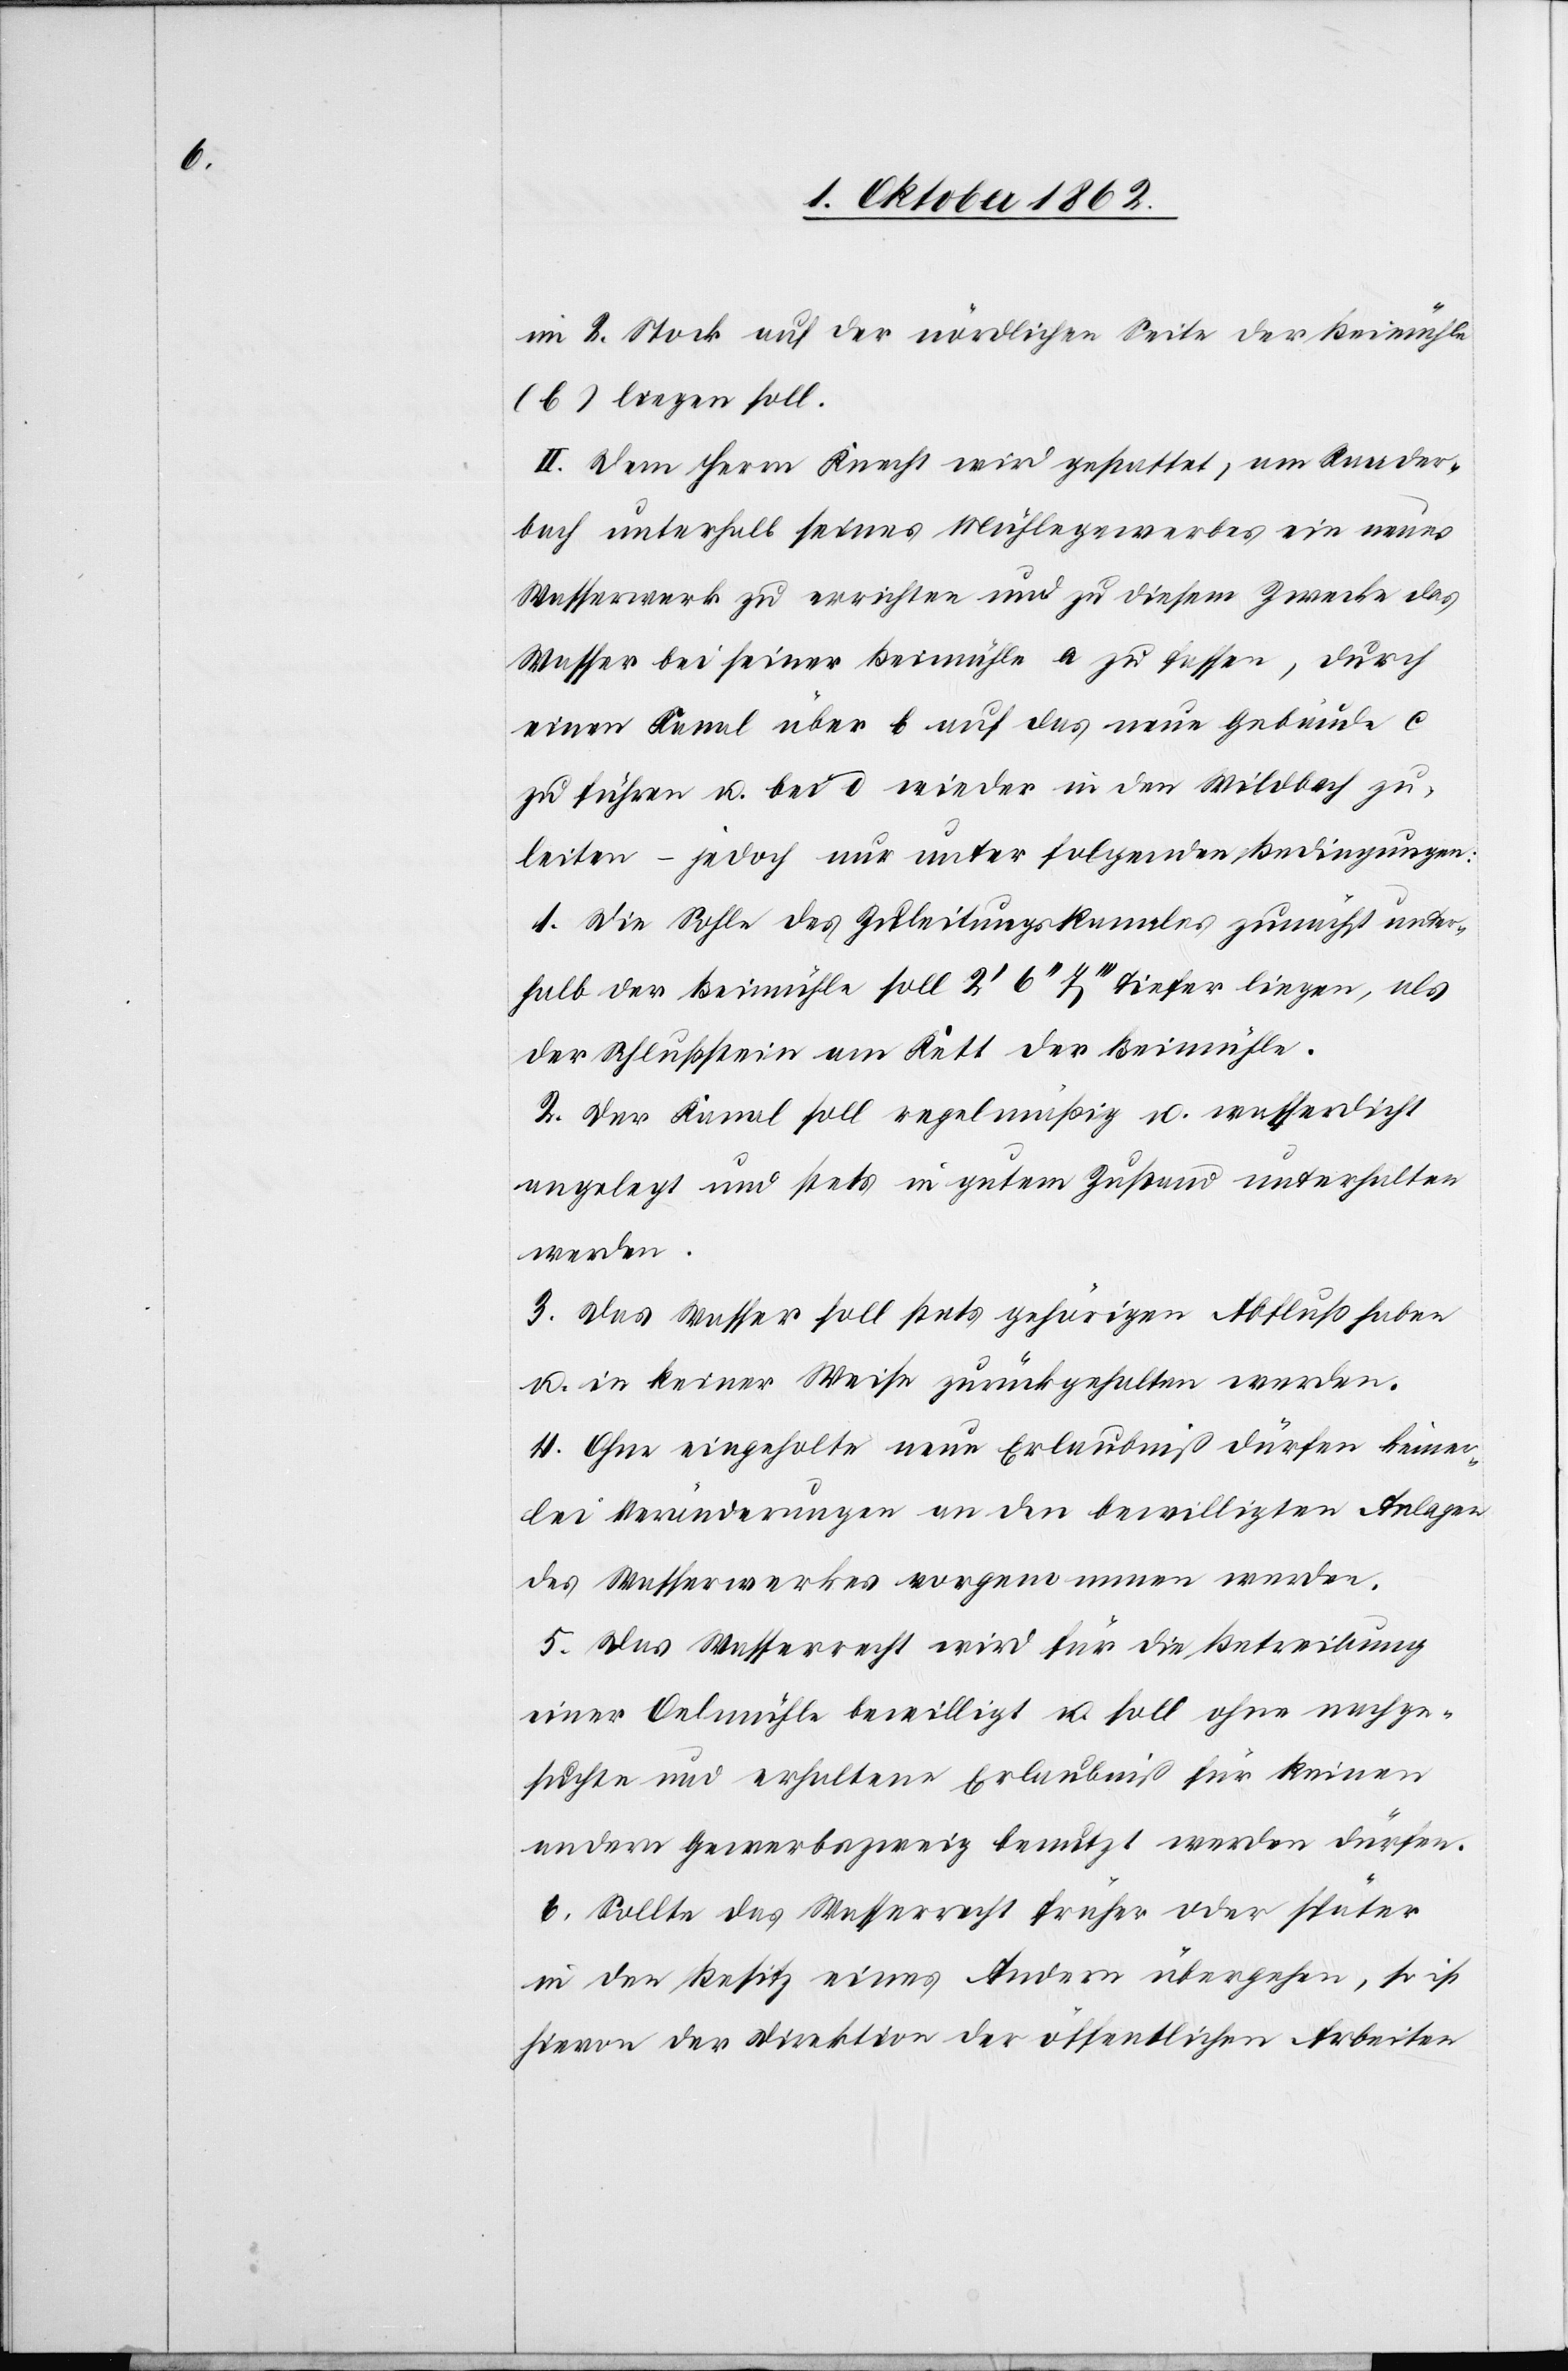
im 2. Stock auf der nördlichen Seite der Beimühle
(b) liegen soll.
II. Dem Herrn Knecht wird gestattet, am Raader¬
bach unterhalb seines Mühlegewerbes ein neues
Wasserwerk zu errichten und zu diesem Zwecke das
Wasser bei seiner Beimühle a zu fassen, durch
einen Kanal über b auf das neue Gebäude c
zu führen u. bei d wieder in den Wildbach zu
leiten – jedoch nur unter folgenden Bedingungen:
1. Die Sohle des Zuleitungskanales zunächst unter¬
halb der Beimühle soll 2’ 6’’ 7’’’ tiefer liegen, als
der Schlußstein am Kett der Beimühle.
2. Der Kanal soll regelmäßig u. wasserdicht
angelegt und stets in gutem Zustand unterhalten
werden.
3. Das Wasser soll stets gehörigen Abfluß haben
u. in keiner Weise zurückgehalten werden.
4. Ohne eingeholte neue Erlaubniß dürfen keiner¬
lei Veränderungen an den bewilligten Anlagen
des Wasserwerkes vorgenommen werden.
5. Das Wasserrecht wird für die Betreibung
einer Oelmühle bewilligt u. soll ohne nachge¬
suchte und erhaltene Erlaubniß für keinen
andern Gewerbszweig benutzt werden dürfen.
6. Sollte das Wasserrecht früher oder später
in den Besitz eines Andern übergehen, so ist
hievon der Direktion der öffentlichen Arbeiten